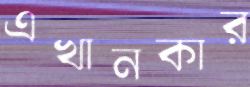
এখানকার